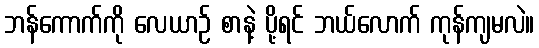
ဘန်ကောက်ကို လေယာဉ် စာနဲ့ ပို့ရင် ဘယ်လောက် ကုန်ကျမလဲ။